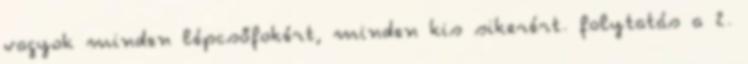
vagyok minden lépcsőfokért, minden kis sikerért. folytatás a 2.